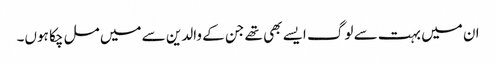
ان میں بہت سے لوگ ایسے بھی تھے جن کے والدین سے میں مل چکا ہوں۔